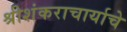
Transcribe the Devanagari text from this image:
श्रीशंकराचार्याचे